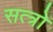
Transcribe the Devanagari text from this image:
सत्त्रो